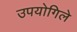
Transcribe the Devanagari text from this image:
उपयोगिले